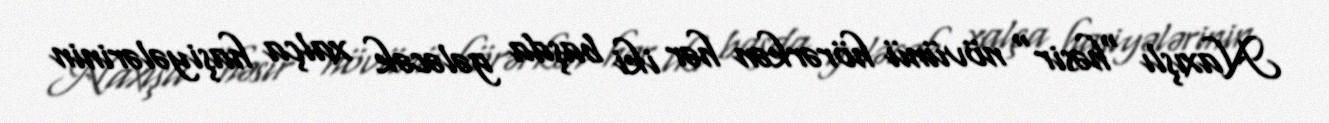
Naxışlı "həsir" növünü hörərkən hər iki başda gələcək xalça haşiyələrinin